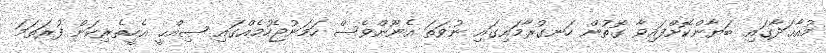
މުއާޙަދާގައި ބަޔާންކޮށްފައިވާ ގޮތުން ހަނގުރާމައިގައި ނުވަތަ އެނޫންވެސް ހަމަނުޖެހުމެއްގައި ޞިއްޙީ އެހީތެރިކަން ފުރަތަމަ